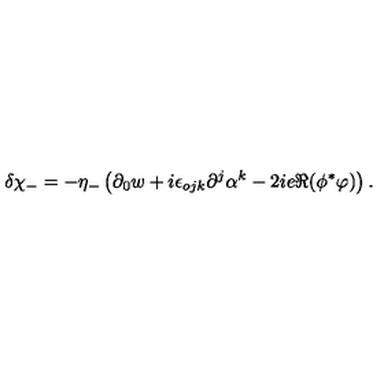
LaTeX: \delta \chi _ { - } = - \eta _ { - } \left( \partial _ { 0 } w + i \epsilon _ { o j k } \partial ^ { j } \alpha ^ { k } - 2 i e \Re ( \phi ^ { * } \varphi ) \right) .